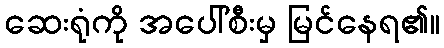
ဆေးရုံကို အပေါ်စီးမှ မြင်နေရ၏။